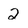
Character: 2